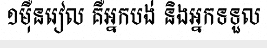
១ម៉ឺនរៀល គឺអ្នកបង់ និងអ្នកទទួល